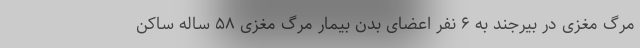
مرگ مغزی در بیرجند به ۶ نفر اعضای بدن بیمار مرگ مغزی ۵۸ ساله ساکن